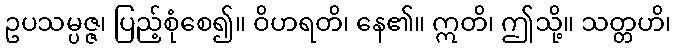
ဥပသမ္ပဇ္ဇ၊ ပြည့်စုံစေ၍။ ဝိဟရတိ၊ နေ၏။ ဣတိ၊ ဤသို့။ သတ္တဟိ၊